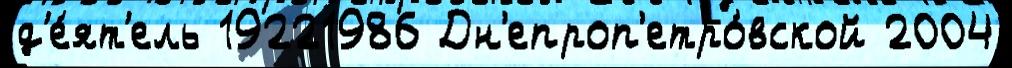
д'е́ят'ель 19221986 Дн'епроп'етро́вской 2004